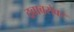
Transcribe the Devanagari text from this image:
द्रवाबरोबर